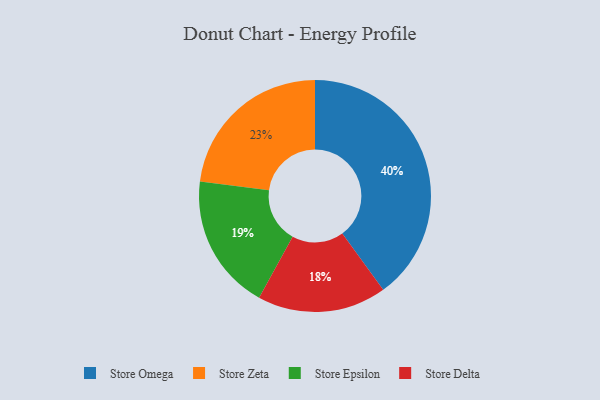
{"axis": {"x": "Category", "y": "Percentage"}, "legend": ["Store Delta", "Store Epsilon", "Store Omega", "Store Zeta"], "data": [{"x": "Store Omega", "y": 40, "type": "Store Omega"}, {"x": "Store Zeta", "y": 23, "type": "Store Zeta"}, {"x": "Store Delta", "y": 18, "type": "Store Delta"}, {"x": "Store Epsilon", "y": 19, "type": "Store Epsilon"}]}